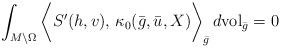
LaTeX: \begin{align*}\int_{M\setminus \Omega} \bigg\langle S' (h, v),\, \kappa_0 (\bar{g}, \bar{u}, X)\bigg\rangle_{\bar g} \, d\mathrm{vol}_{\bar g} &=0 \end{align*}